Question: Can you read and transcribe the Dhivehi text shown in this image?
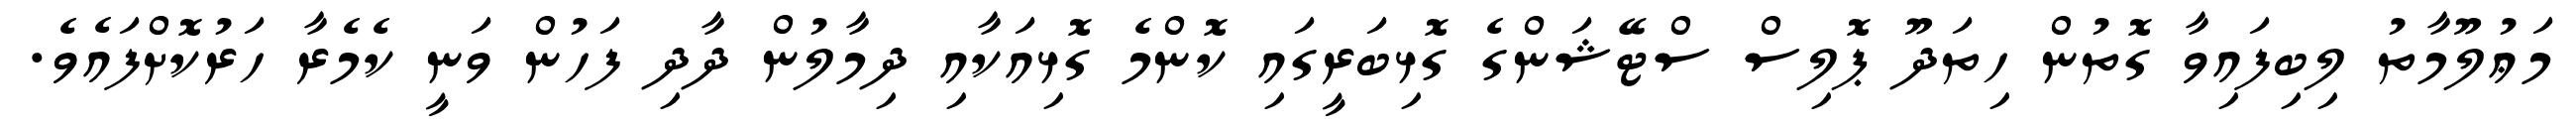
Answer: މަޢުލޫމާތު ލިބިފައިވާ ގޮތުން ހިތަދޫ ޕޮލިސް ސްޓޭޝަންގެ ގޮޅިބަރީގައި ކޮންމެ ގޮޅިއަކާއި ދިމާލުން ދާދި ފަހުން ވަނީ ކެމެރާ ހަރުކޮށްފައެވެ.